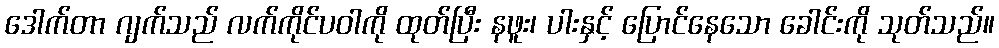
ဒေါက်တာ ဂျက်သည် လက်ကိုင်ပဝါကို ထုတ်ပြီး နဖူး၊ ပါးနှင့် ပြောင်နေသော ခေါင်းကို သုတ်သည်။